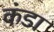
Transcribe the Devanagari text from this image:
कंडा